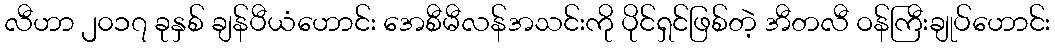
လီဟာ ၂၀၁၇ ခုနှစ် ချန်ပီယံဟောင်း အေစီမီလန်အသင်းကို ပိုင်ရှင်ဖြစ်တဲ့ အီတလီ ဝန်ကြီးချုပ်ဟောင်း